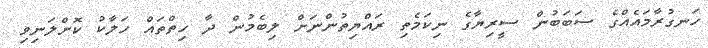
ހަނގުރާމައެއްގެ ސަބަބުން ސީރިޔާގެ ނިކަމެތި ރައްޔިތުންނަށް ލިބެމުން ދާ ހިތްތައް ހަލާކު ކޮށްލަނިވި